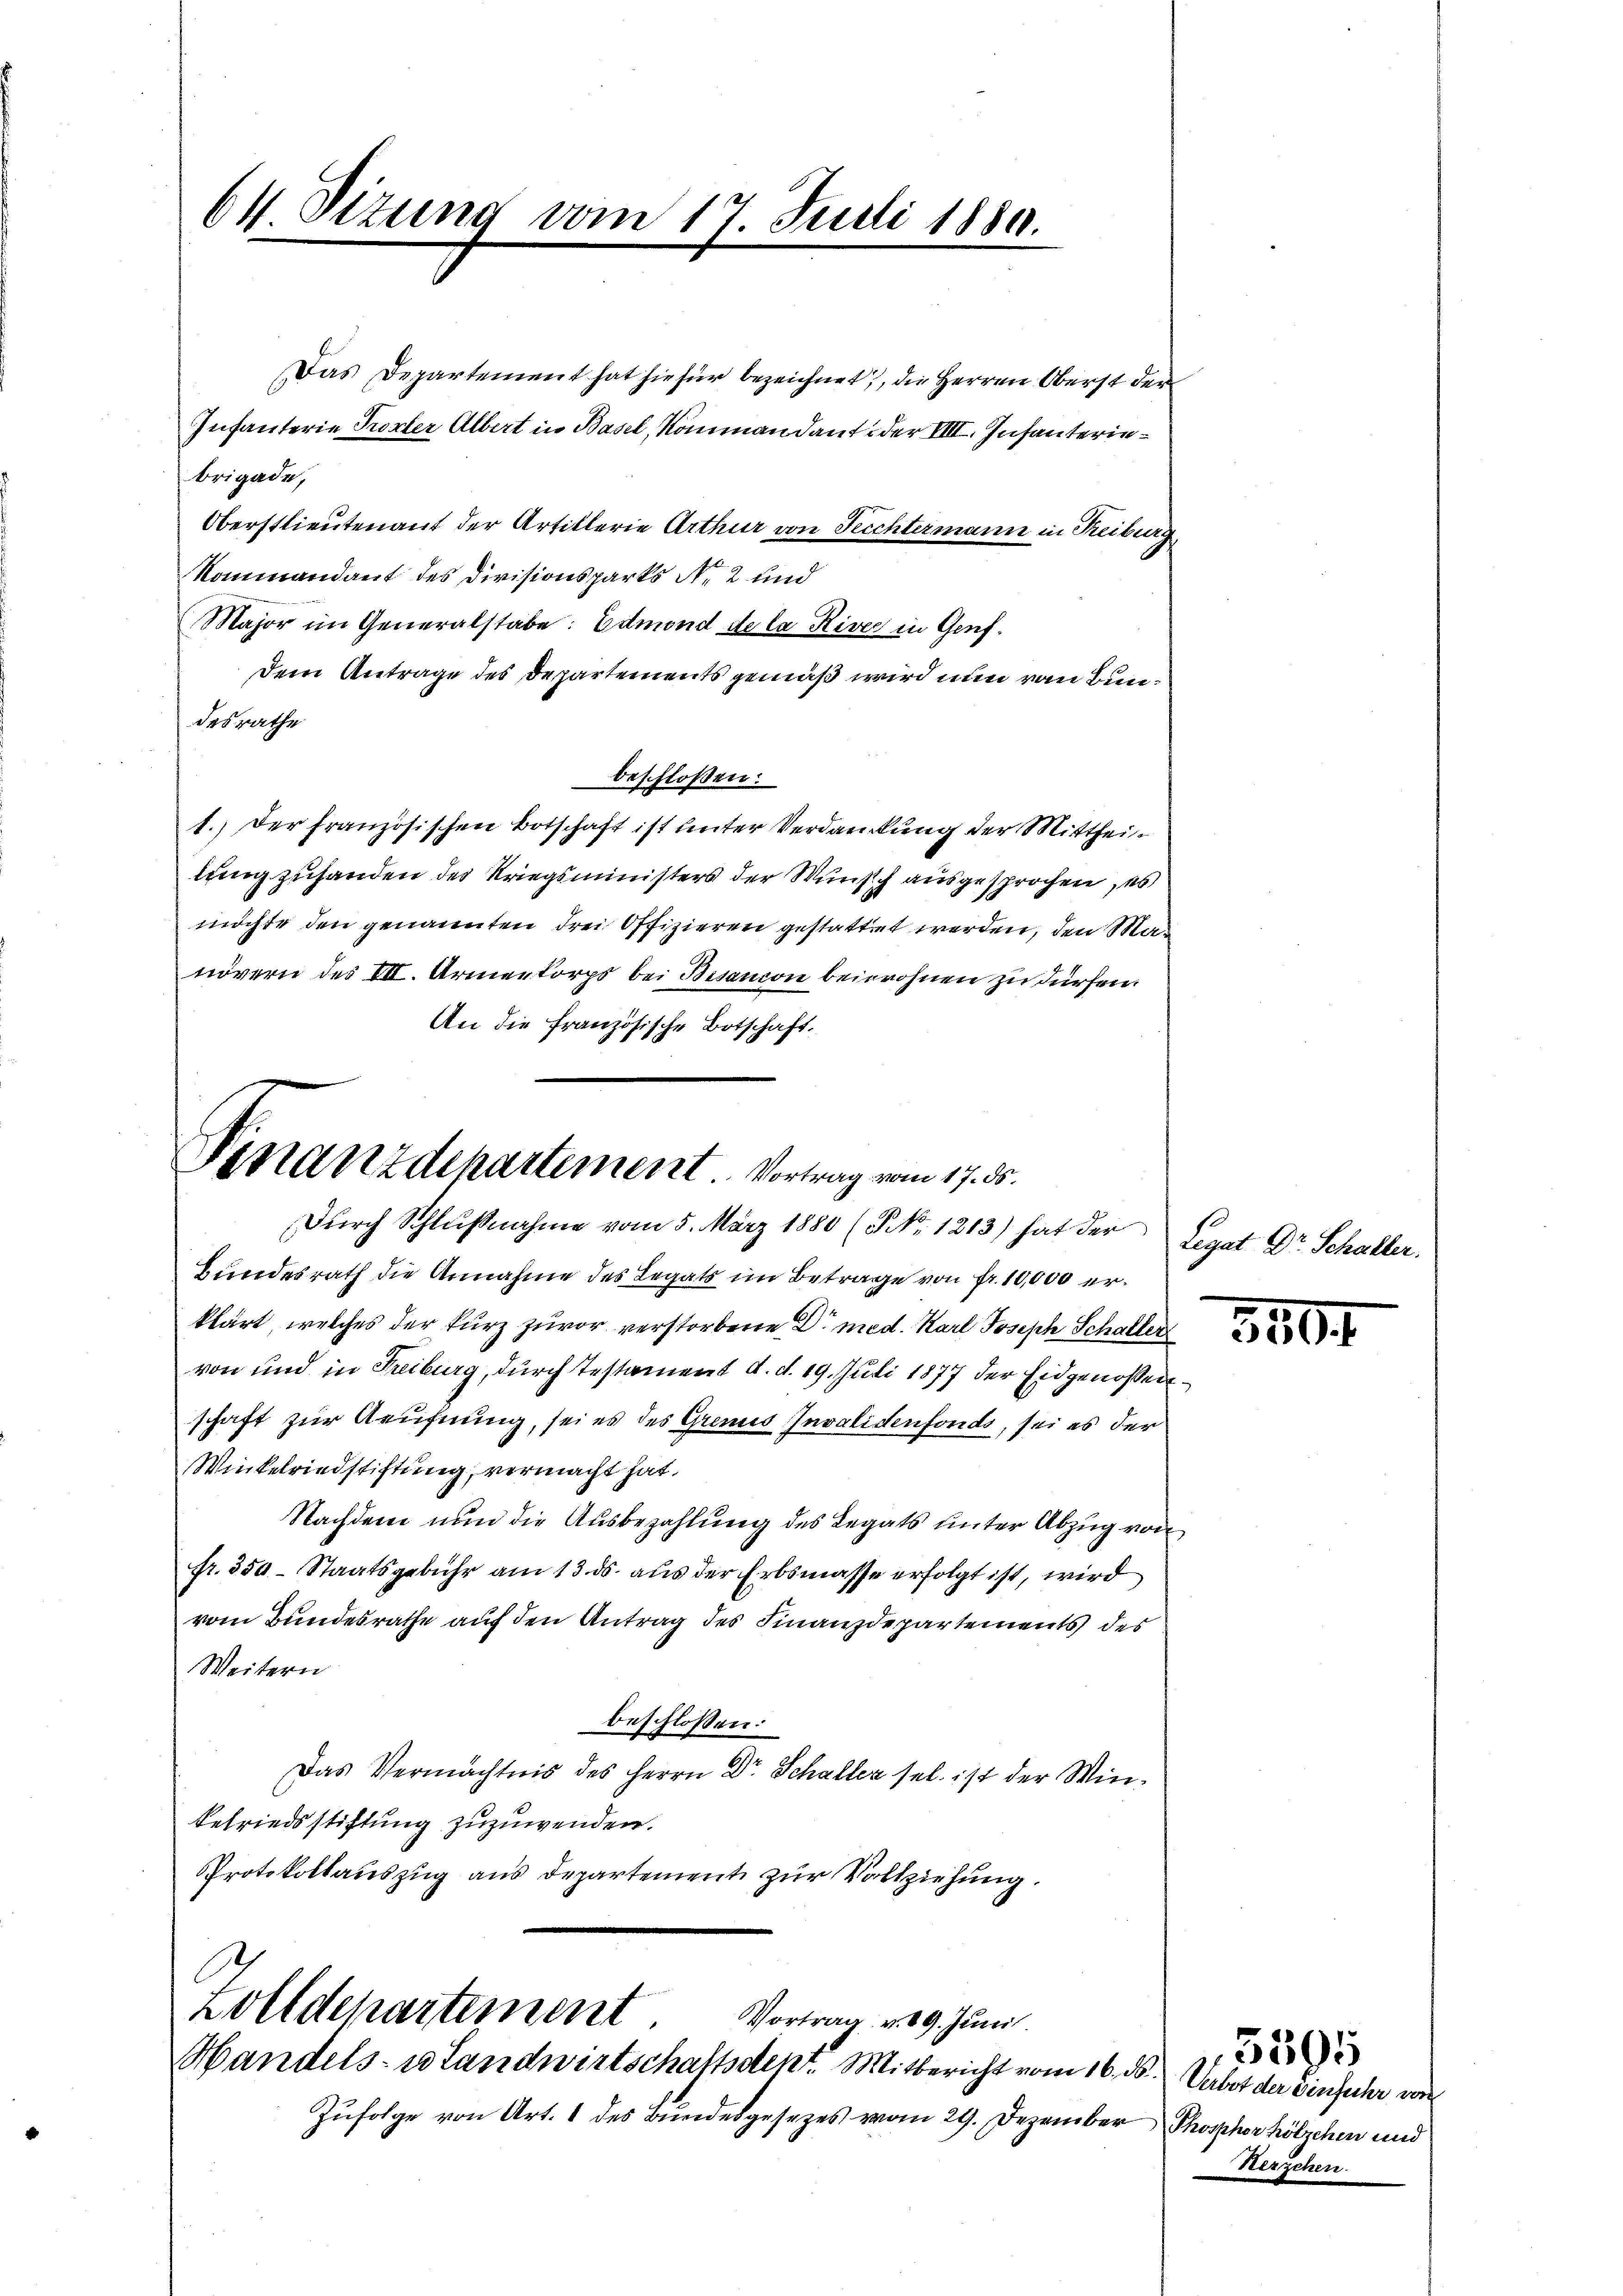
64. Sizung vom 17. Juni 1889.

Das Departement hat hiefür bezeichnet, die Herren Oberst der
Infanterie Torter Albert in Basel, Kommandant der VIII. Infanterinbrigade,
Oberstlieutenant der Artiklerie Arthur von Teichtermann in Reiburg
Kommandant des Divisionsparts Nr. 2 und
Major im Generalstabe: Edmond de la River in Genf.
Dem Antrage des Departements gemäß wird nun von Bundesrathe
beschloßen:
1.) Der französischen Botschaft ist unter Verdankung der Mittheillung zusanden des Kriegsministers der Wunsch ausgesprochen, es
möchte den genannten drei Offizieren gestattet werden, den Manövern des VII. Armeekorps bei Besanion beiwohnen zu dürfen.
An die Französische Botschaft.

Finanzdepartement. Vortrag vom 17. ds.
Durch Schlußnahme vom 5. März 1880 (NNo. 1213) hat der

Bundesrath die Annahme des Legats im Betrage von Fr. 10,000 erklärt, welches der kurz zuvor verstorbene Dr. med. Karl Joseph Schaller
von und in Freiburg, durch Testament d. d. 19. Juli 1877 der Eidgenoßenschaft zur Aeufnung, sei es des Grenis Invalidenfonds, sei es der
Winkelriedstiftung, vermacht hat.
Nachdem nun die Ausbezahlung des Legats unter Abzug von
fr. 350 Staatsgebühr am 13. ds. aus der Erbsmasse erfolgt ist, wird
vom Bundesrathe auf den Antrag des Finanzdepartements des
Weitern
beschlossen:
Das Vermächtnis des Herrn Dr. Schalter sel. ist der Win¬
Befriedsstiftung zuzuwenden.
Protokollauszug aus Departement zur Vollziehung.

zolldepartement Vortrag v. 29. Jŭni
Handels- u Landwirtschaftsdent. Mitbericht vom 16. ds. Verbot der Einfuhr wir

Zufolge von Art. 1 des Bundesgesezes vom 29. Dezember Phospher hölzchen und

Legat Dr. Schaller.

3501

Kerzchen.

5395